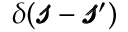
\delta ( \pmb { \mathscr { s } } - \pmb { \mathscr { s } } ^ { \prime } )